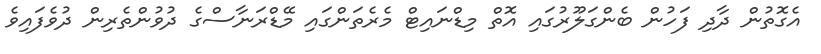
އެގޮތުން ދާދި ފަހުން ބެންގަލޫރުގައި އޮތް މިޑްނައިޓް މެރެތަންގައި މޭޑްރަނާސްގެ ދުވުންތެރިން ދުވެފައިވެ